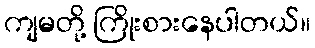
ကျမတို့ ကြိုးစားနေပါတယ်။